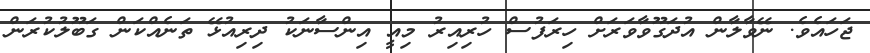
ޖަހައެވެ. ނޭވާލާން އުދަގޫވާވަރަށް ހިރަފުސް ހުރިއިރު މިއީ އިންސާނަކު ދިރިއުޅޭ ތަނެއްކަން ގަބޫލުކުރަން